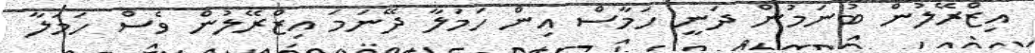
އިޒްރޭލުން ބުނަމުން ދަނީ ހަމާސް އިން ހަމަލާ ދޭނަމަ އިޒްރޭލުން ވެސް ހަމަލާ